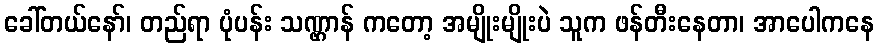
ခေါ်တယ်နော်၊ တည်ရာ ပုံပန်း သဏ္ဌာန် ကတော့ အမျိုးမျိုးပဲ သူက ဖန်တီးနေတာ၊ အာပေါကနေ